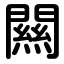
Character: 闗